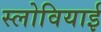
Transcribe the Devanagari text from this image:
स्लोवियाई